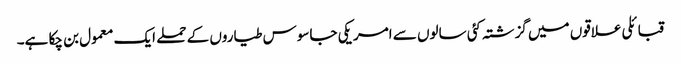
قبائلی علاقوں میں گزشتہ کئی سالوں سے امریکی جاسوس طیاروں کے حملے ایک معمول بن چکا ہے۔